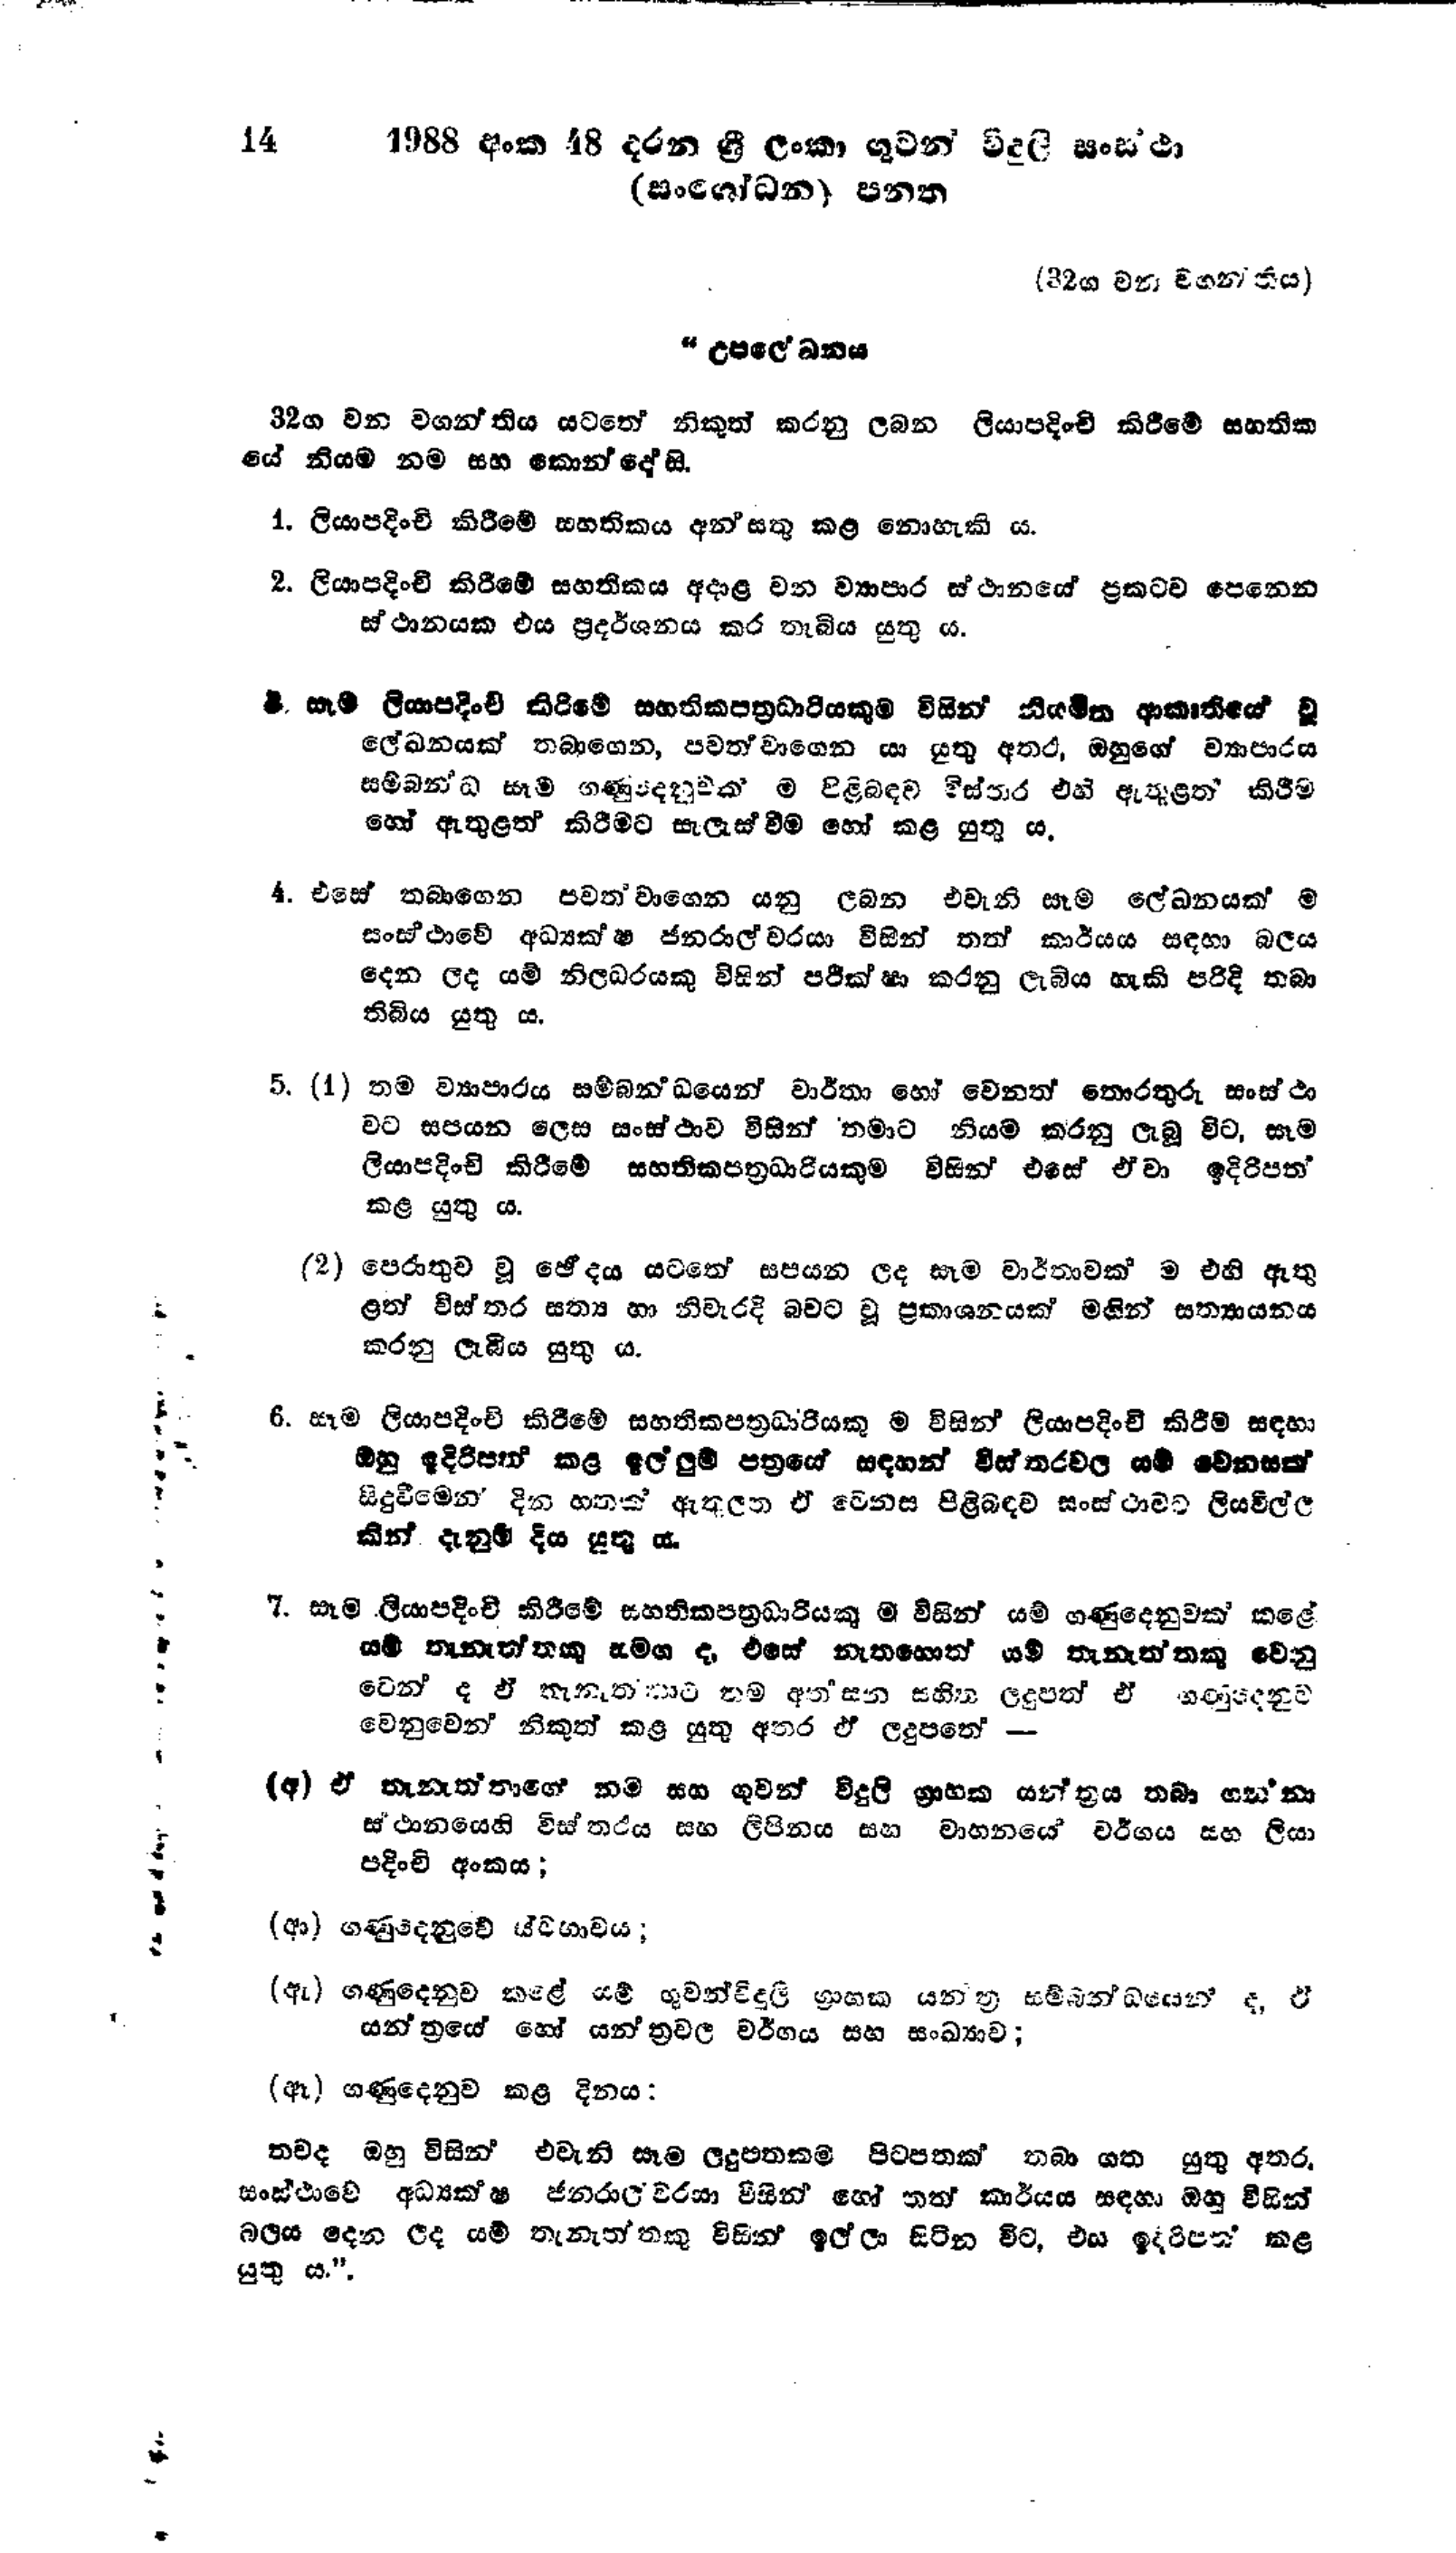
14 1988 අංක 48 දරන ශ්‍රී ලංකා ගුවන් විදුලි සංස්ථා
(සංශෝධන) පනත

(32 ග වන වගන්තිය)

"උපලේ‍ඛනය

32ග වන වගන්තිය යටතේ නිකුත් කරනු ලබන ලියාපදිංචි කිරීමේ සහතික
යේ නියම නම සහ කොන්දෝසි.

1. ලියාපදිංචි කිරීමේ සහතිකය අන් සතු කළ නොහැකි ය.

2. ලියාපදිංචි කිරීමේ සහතිකය අදාළ වන ව්‍යාපාර ස්ථානයේ ප්‍රකටව පෙනෙන
ස්ථානයක එය ප්‍රදර්ශනය කර තැබිය යුතු ය.

3. සෑම ලියාපදිංචි කිරීමේ සහතිකපත්‍රධාරියකුම විසින් නියමිත ආකෘතියේ වූ
ලේඛනයක් තබාගෙන, පවත්වාගෙන යා යුතු අතර, ඔහුගේ ව්‍යාපාරය
සම්බන්ධ සෑම ගණුදෙනුවක් ම පිළිබඳව විස්තර එහි ඇතුළත් කිරීම
හෝ ඇතුළත් කිරීමට සැලැස්වීම හෝ කළ යුතු ය.

4. එසේ තබාගෙන පවත්වාගෙන යනු ලබන එවැනි සෑම ලේඛනයක් ම
සංස්ථාවේ අධ්‍යක්ෂ ජනරාල්වරයා විසින් තත් කාර්යය සඳහා බලය
දෙන ලද යම් නිලධරයකු විසින් පරික්ෂා කරනු ලැබිය හැකි පරිදි තබා
තිබිය යුතු ය.

5. (1) තම ව්‍යාපාරය සම්බන්ධයෙන් වාර්තා හෝ වෙනත් තොරතුරු සංස්ථා
වට සපයන ලෙස සංස්ථාව විසින් තමාට නියම කරනු ලැබූ විට, සෑම
ලියාපදිංචි කිරීමේ සහතිකපත්‍රධාරියකුම විසින් එසේ ඒවා ඉදිරිපත්
කළ යුතු ය.

(2) පෙරාතුව වූ ඡේදය යටතේ සපයන ලද සෑම වාර්තාවක් ම එහි ඇතු
ළත් විස්තර සත්‍ය හා නිවැරදි බවට වූ ප්‍රකාශනයක් මගින් සත්‍යායනය
කරනු ලැබිය යුතු ය.

6. සෑම ලියාපදිංචි කිරීමේ සහතිකපත්‍රධාරියකු ම විසින් ලියාපදිංචි කිරීම සඳහා
ඔහු ඉදිරිපත් කළ ඉල්ලුම් පත්‍රයේ සඳහන් විස්තරවල යම් වෙනසක්
සිදුවීමෙන‍් දින හතක් ඇතුලත ඒ වෙනස පිළිබඳව සංස්ථාවට ලියවිල්ල
කින් දැනුම් දිය යුතු ය.

7.සෑම ලියාපදිංචි කිරීමේ සහතිකපත්‍රධාරියකු ම විසින් යම් ගණුදෙනුවක් කළේ
යම් තැනැත්තකු සමග ද, එසේ නැතහොත් යම් තැනැත්තකු වෙනු
වෙන් ද ඒ තැනැත්තාට තම අත්සන සහිත ලදුපත් ඒ ගණුදෙනුව
වෙනුවෙන් නිකුත් කළ යුතු අතර ඒ ලදුපතේ-

(අ) ඒ තැනැත්තාගේ නම සහ ගුවන් විදුලි ග්‍රාහක යන්ත්‍රය තබා ගන්නා
ස්ථානයෙහි විස්තරය සහ ලිපිනය සහ වාහනයේ වර්ගය සහ ලියා
පදිංචි අංකය;

(ආ) ගණුදෙනුවේ ස්වභාවය;

(ඇ) ගණුදෙනුව කළේ යම් ගුවන් විදුලි ග්‍රාහක යන්ත්‍ර සම්බන්ධයෙන් ද ඒ
යන්ත්‍රයේ හෝ යන්ත්‍රවල වර්ගය සහ සංඛ්‍යාව;

(ඈ ) ගණුදෙනුව කළ දිනය:

තවද ඔහු විසින් එවැනි සෑම ලදුපතකම පිටපතක් තබා ගත යුතු අතර
සංස්ථාවේ අධ්‍යක්ෂ ජනරාල්වරයා විසින් හෝ තත් කාර්යය සඳහා ඔහු විසින්
බලය දෙන ලද යම් තැනැත්තකු විසින් ඉල්ලා සිටින විට, එය ඉදිරිපත් කළ
යුතු ය".